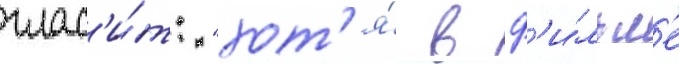
глас'и́т: "хот'я́ в ф'и́льм'е